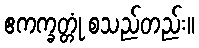
ဧကက္ခတ္တုံ စသည်တည်း။